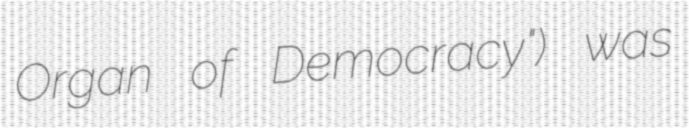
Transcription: Organ of Democracy") was